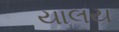
યાલય